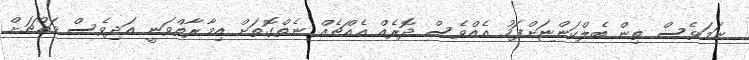
ނަމަވެސް ތިން ބެލްކަންޏަށްފަހު އެއްވެސް ދޮރެއް އެއްޗެއް ނެތްގޮތަށް އިމާރާތްވަނީ އަދިވެސް މައްޗަށް